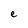
Character: e